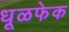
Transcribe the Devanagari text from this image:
धूळफेक